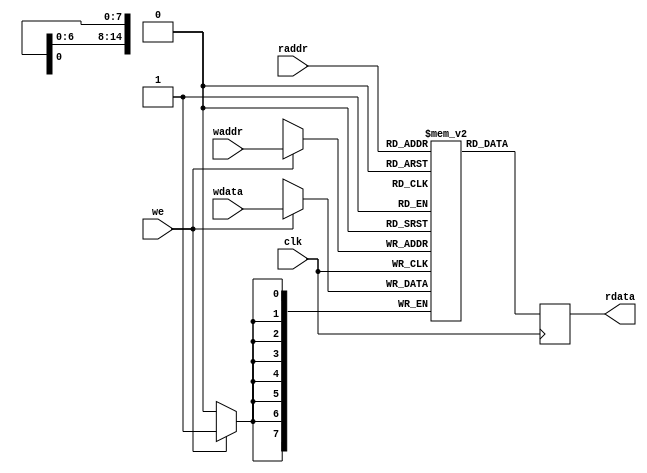
// Copyright (c) 2015 Stephen Warren
// 
// Permission is hereby granted, free of charge, to any person obtaining a copy
// of this software and associated documentation files (the "Software"), to deal
// in the Software without restriction, including without limitation the rights
// to use, copy, modify, merge, publish, distribute, sublicense, and/or sell
// copies of the Software, and to permit persons to whom the Software is
// furnished to do so, subject to the following conditions:
// 
// The above copyright notice and this permission notice shall be included in
// all copies or substantial portions of the Software.
// 
// THE SOFTWARE IS PROVIDED "AS IS", WITHOUT WARRANTY OF ANY KIND, EXPRESS OR
// IMPLIED, INCLUDING BUT NOT LIMITED TO THE WARRANTIES OF MERCHANTABILITY,
// FITNESS FOR A PARTICULAR PURPOSE AND NONINFRINGEMENT. IN NO EVENT SHALL THE
// AUTHORS OR COPYRIGHT HOLDERS BE LIABLE FOR ANY CLAIM, DAMAGES OR OTHER
// LIABILITY, WHETHER IN AN ACTION OF CONTRACT, TORT OR OTHERWISE, ARISING FROM,
// OUT OF OR IN CONNECTION WITH THE SOFTWARE OR THE USE OR OTHER DEALINGS IN
// THE SOFTWARE.

`timescale 1ns / 1ps

module edidram(
    input wire clk,
    input wire we,
    input wire [14:0] waddr,
    input wire [7:0] wdata,
    input wire [14:0] raddr,
    output reg [7:0] rdata
);
    reg [7:0] RAM [32767:0];

    always @(posedge clk) begin
        if (we == 1'b1) begin
            RAM[waddr] <= wdata;
        end
        rdata <= RAM[raddr];
    end
endmodule